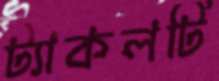
ট্যাকলটি